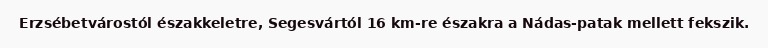
Erzsébetvárostól északkeletre, Segesvártól 16 km-re északra a Nádas-patak mellett fekszik.